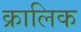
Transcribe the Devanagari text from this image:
क्रालिक